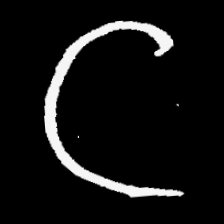
Pyu character \u2014 Myanmar letter: ဋ (romanized: tta)